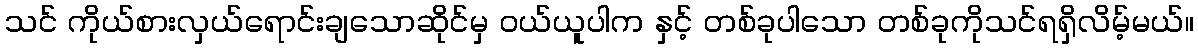
သင် ကိုယ်စားလှယ်ရောင်းချသောဆိုင်မှ ဝယ်ယူပါက နှင့် တစ်ခုပါသော တစ်ခုကိုသင်ရရှိလိမ့်မယ်။